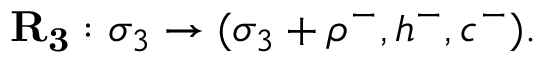
\mathbf { R _ { 3 } } : \sigma _ { 3 } \to ( \sigma _ { 3 } + \rho ^ { - } , h ^ { - } , c ^ { - } ) .